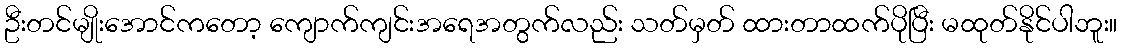
ဦးတင်မျိုးအောင်ကတော့ ကျောက်ကျင်းအရေအတွက်လည်း သတ်မှတ် ထားတာထက်ပိုပြီး မထုတ်နိုင်ပါဘူး။